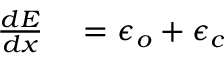
\begin{array} { r l } { \frac { d E } { d x } } & { { } = \epsilon _ { o } + \epsilon _ { c } } \end{array}